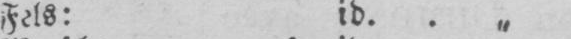
Fels: id.. „